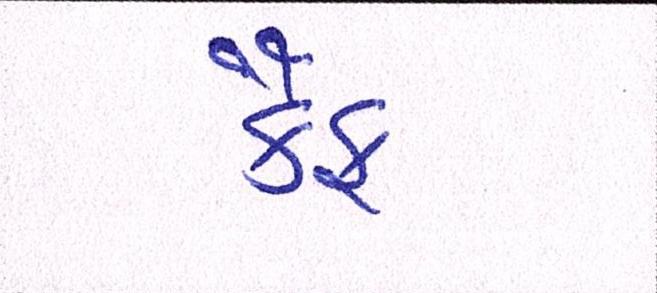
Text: કૈફ